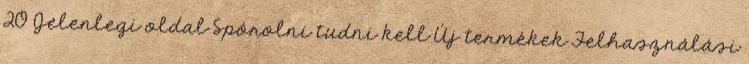
20 Jelenlegi oldal Spórolni tudni kell Új termékek Felhasználási